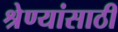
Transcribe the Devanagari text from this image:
श्रेण्यांसाठी